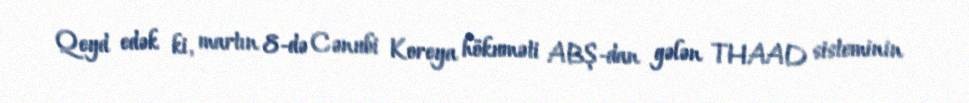
Qeyd edək ki, martın 8-də Cənubi Koreya hökuməti ABŞ-dan gələn THAAD sisteminin